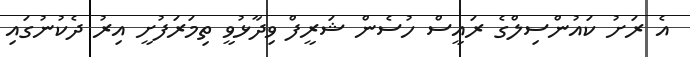
އެ ރަށު ކައުންސިލްގެ ރައީސް ހުސެން ޝަރީފް ވިދާޅުވީ ތިމަރަފުށީ އިރު ދެކުނުގައި